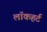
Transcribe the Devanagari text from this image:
लॉकहर्ट